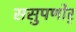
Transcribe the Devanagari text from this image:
ससुपणोर्